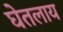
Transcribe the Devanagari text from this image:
घेतलाय